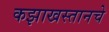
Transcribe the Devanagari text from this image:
कझाखस्तानचे